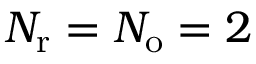
{ N _ { \mathrm { r } } } = { N _ { \mathrm { o } } } = 2